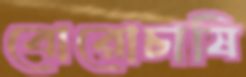
বোরোচাষি